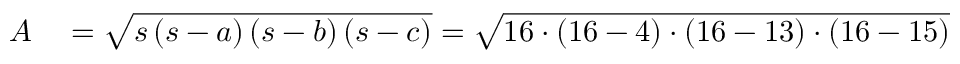
\begin{array} { r l } { A } & { { } = { \sqrt { s \left( s - a \right) \left( s - b \right) \left( s - c \right) } } = { \sqrt { 1 6 \cdot ( 1 6 - 4 ) \cdot ( 1 6 - 1 3 ) \cdot ( 1 6 - 1 5 ) } } } \end{array}